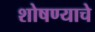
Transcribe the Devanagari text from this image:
शोषण्याचे